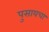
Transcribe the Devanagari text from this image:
पुसायचा